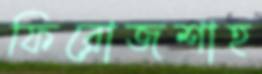
ফিরোজশাহ